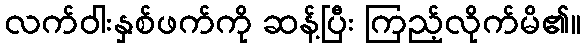
လက်ဝါးနှစ်ဖက်ကို ဆန့်ပြီး ကြည့်လိုက်မိ၏။